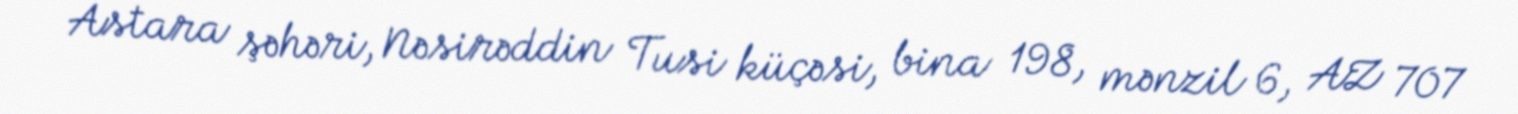
Astara şəhəri, Nəsirəddin Tusi küçəsi, bina 198, mənzil 6, AZ 707